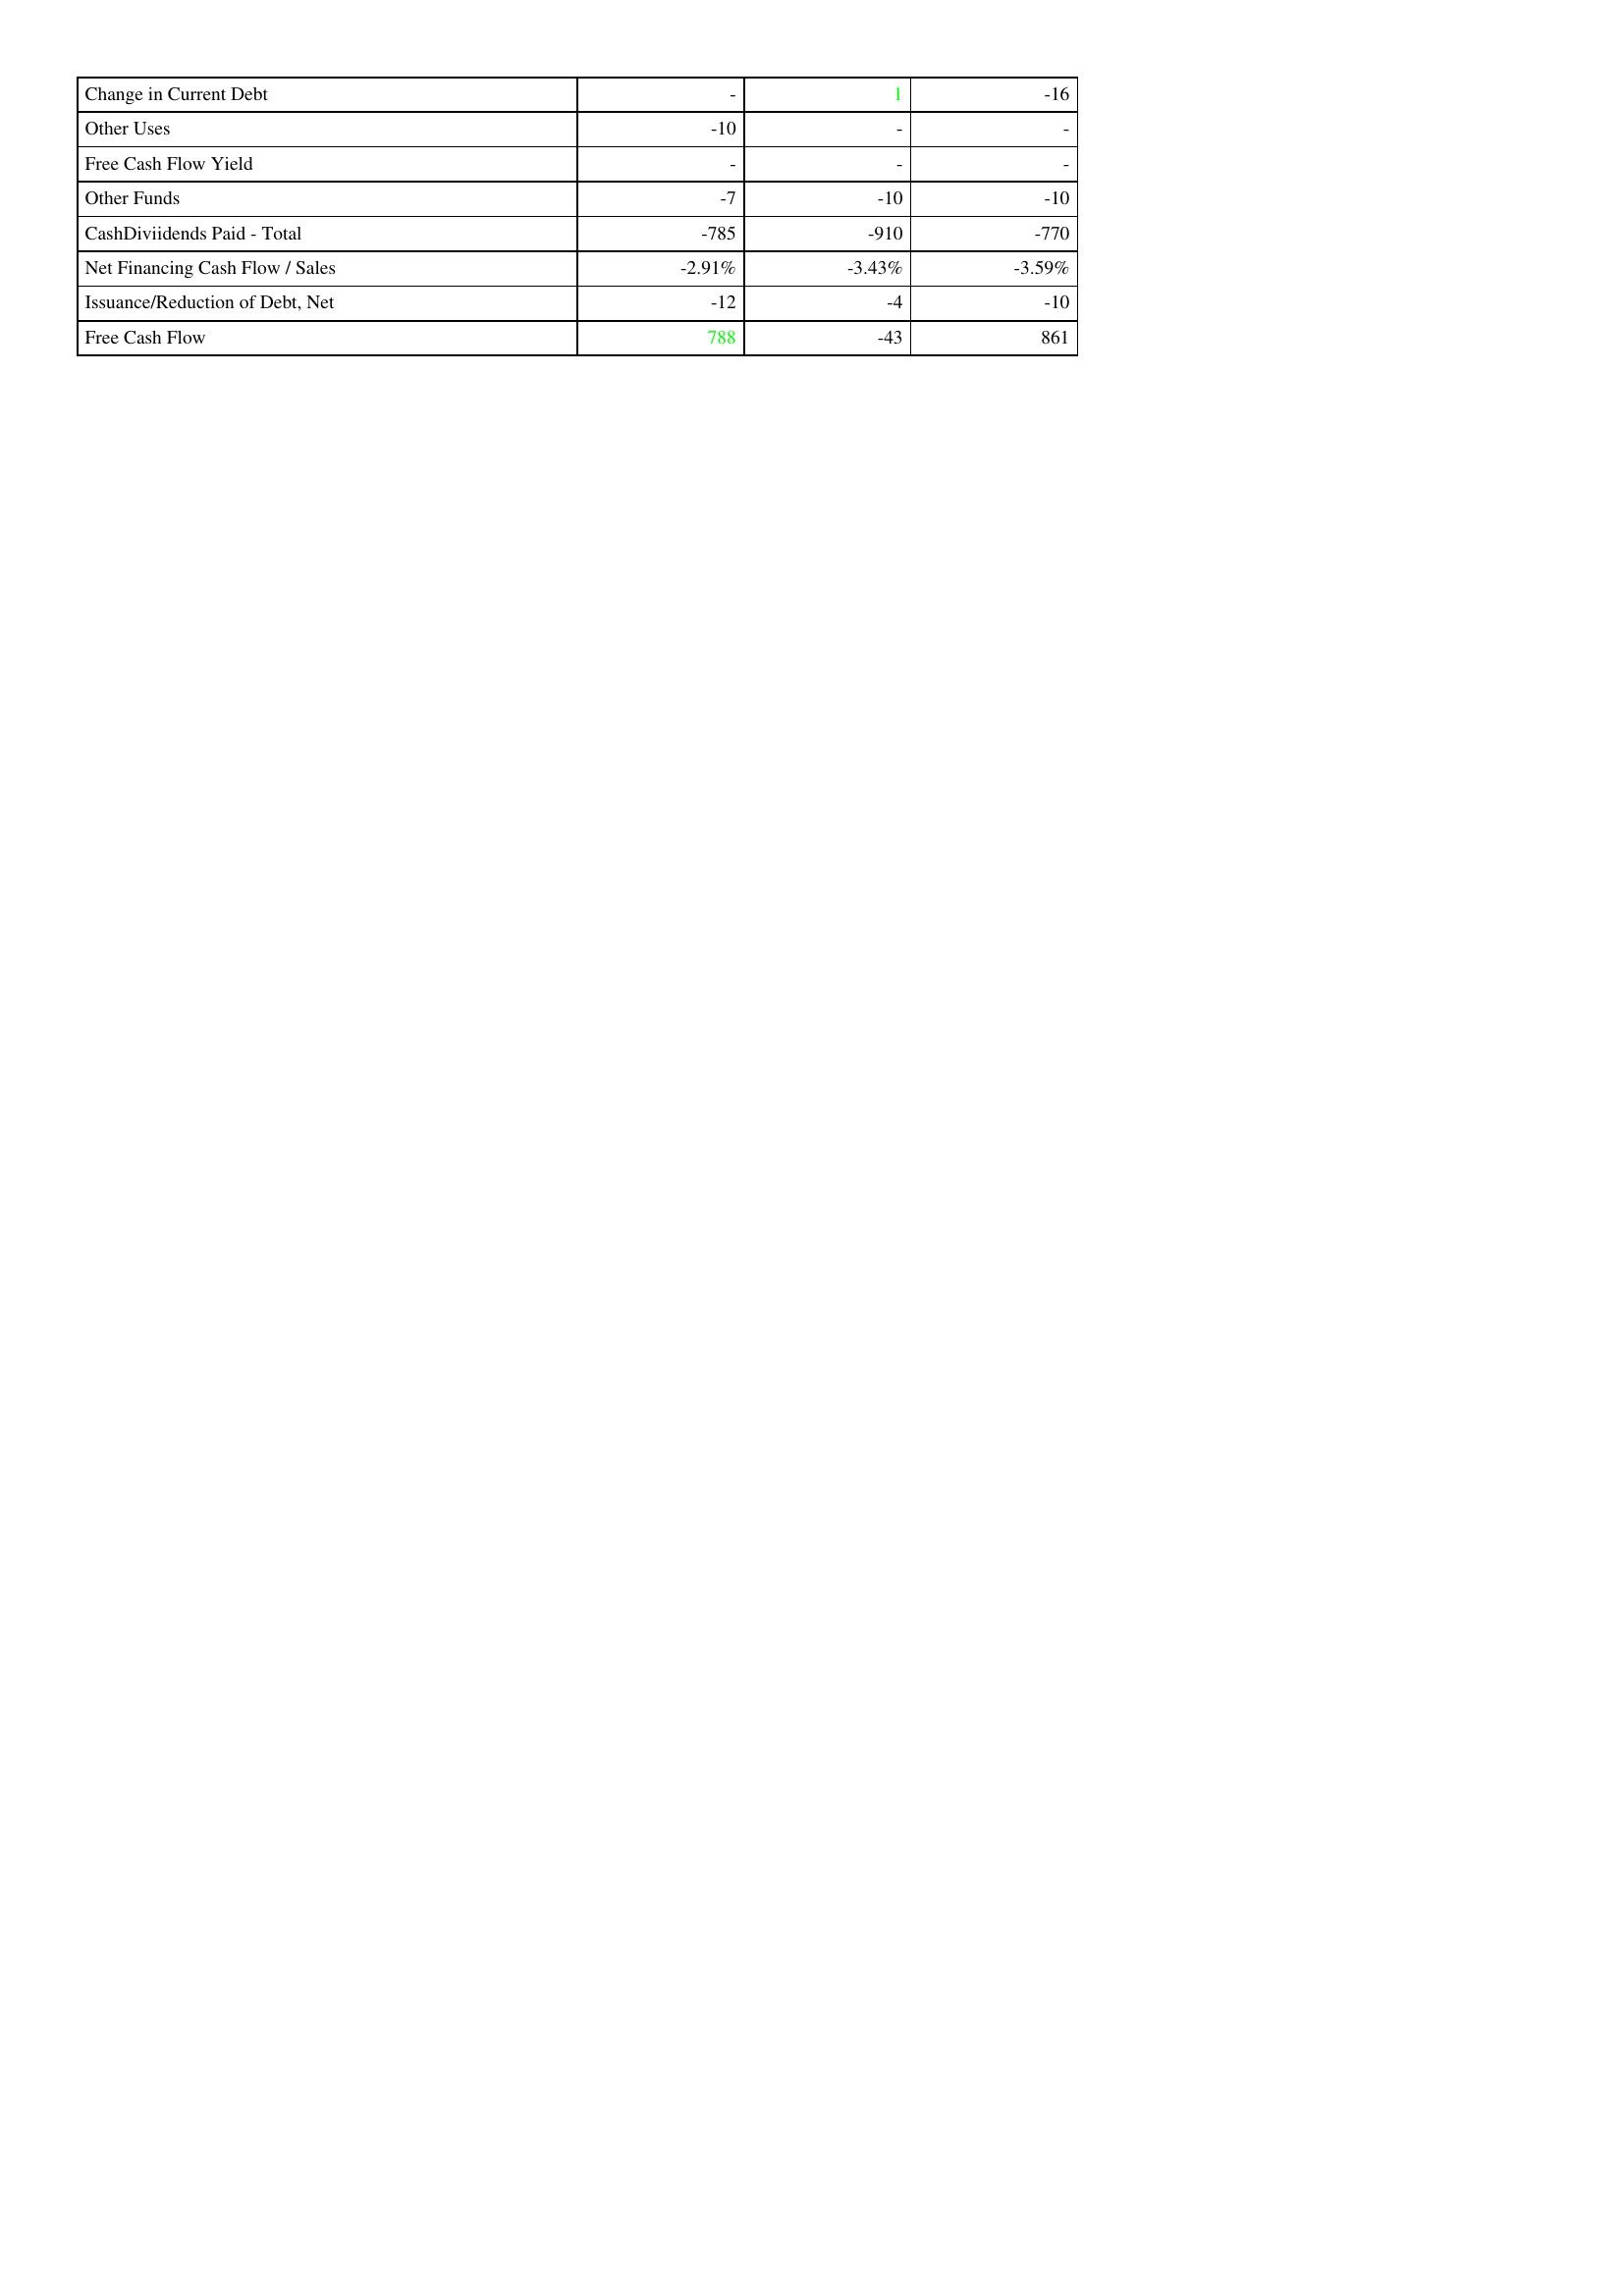
gt_parse: 2020: Financing Activities: Change in Current Debt: -
Other Uses: -10
Free Cash Flow Yield: -
Other Funds: -7
CashDiviidends Paid - Total: -785
Net Financing Cash Flow / Sales: -2.91%
Issuance/Reduction of Debt, Net: -12
Free Cash Flow: 788
2019: Financing Activities: Change in Current Debt: 1
Other Uses: -
Free Cash Flow Yield: -
Other Funds: -10
CashDiviidends Paid - Total: -910
Net Financing Cash Flow / Sales: -3.43%
Issuance/Reduction of Debt, Net: -4
Free Cash Flow: -43
2018: Financing Activities: Change in Current Debt: -16
Other Uses: -
Free Cash Flow Yield: -
Other Funds: -10
CashDiviidends Paid - Total: -770
Net Financing Cash Flow / Sales: -3.59%
Issuance/Reduction of Debt, Net: -10
Free Cash Flow: 861